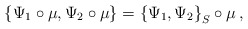
\begin{align*}\left\{\Psi_1\circ\mu,\Psi_2\circ\mu\right\}=\left\{\Psi_1,\Psi_2\right\}_S\circ\mu \,,\end{align*}